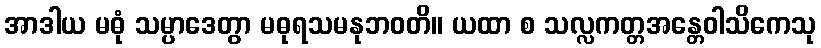
အာဒါယ မဓုံ သမ္ပာဒေတွာ မဓုရသမနုဘဝတိ။ ယထာ စ သလ္လကတ္တအန္တေဝါသိကေသု